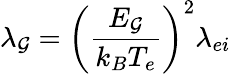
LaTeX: \lambda_{\mathcal{G}}=\left(\frac{{E_{\mathcal{G}}}}{{k_{B}T_{e}}}\right)^{2}\lambda_{ei}